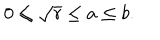
LaTeX: 0 \leq \sqrt { r } \leq a \leq b .